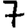
Digit: 7